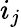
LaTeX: i_{j}